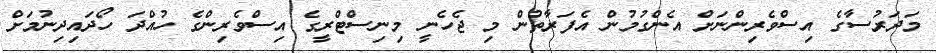
މަދަރުސާގެ އިސްވެރިންނަށް އެންގުމުން އެފަރާތުން މި ޖެހެނީ މިނިސްޓްރީގެ އިސްވެރިންގެ ހުއްދަ ހޯދައިދިނުމަށް